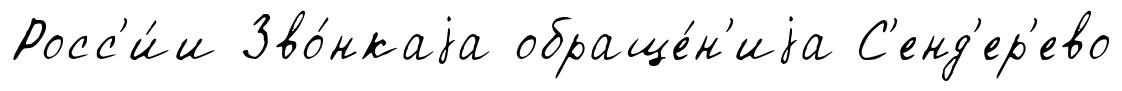
Росс'и́и Зво́нкаjа обраще́н'иjа С'енд'ер'ево